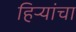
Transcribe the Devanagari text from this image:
हिर्‍यांचा